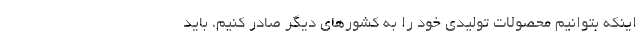
اینکه بتوانیم محصولات تولیدی خود را به کشورهای دیگر صادر کنیم، باید